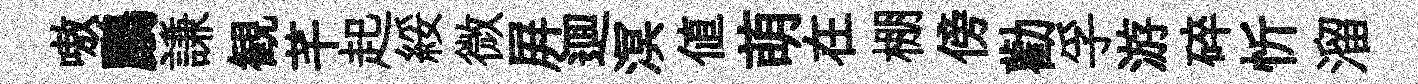
嗷鸝謙観芊起綏微屛逥溟值萌在棚傍勸孚游碎忻溜